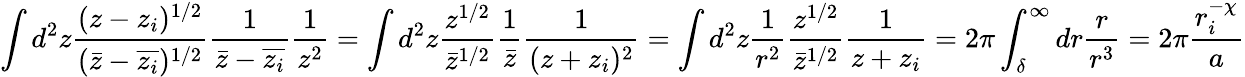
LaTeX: \int d^{2}z\frac{(z-z_{i})^{1/2}}{(\bar{z}-\overline{{z_{i}}})^{1/2}}\frac{1}{\bar{z}-\overline{{z_{i}}}}\frac{1}{z^{2}}=\int d^{2}z\frac{z^{1/2}}{\bar{z}^{1/2}}\frac{1}{\bar{z}}\frac{1}{(z+z_{i})^{2}}=\int d^{2}z\frac{1}{r^{2}}\frac{z^{1/2}}{\bar{z}^{1/2}}\frac{1}{z+z_{i}}=2\pi\int_{\delta}^{\infty}dr\frac{r}{r^{3}}=2\pi\frac{r_{i}^{-\chi}}{a}